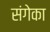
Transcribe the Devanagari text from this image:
संगेका